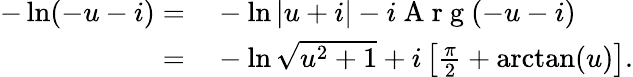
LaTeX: \begin{array}{rl}{-\ln(-u-i)=}&{{}-\ln|u+i|-i\mathrm{~A~r~g~}(-u-i)}\\ {=}&{{}-\ln\sqrt{u^{2}+1}+i\left[\frac{\pi}{2}+\arctan(u)\right].}\end{array}